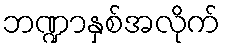
ဘဏ္ဍာနှစ်အလိုက်